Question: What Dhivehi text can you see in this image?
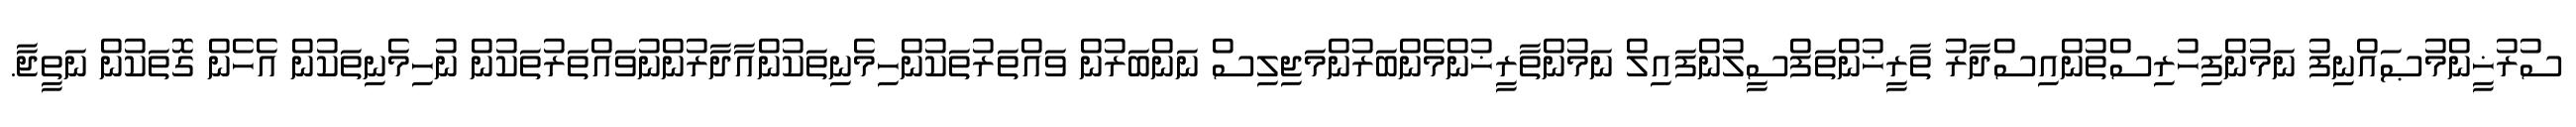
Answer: ސުރުޚީންމުޞައްނިފު ނަމުންފިހުރިސްތުންއިސްދާރު ތާރީޚުންތަފްސީލުންފައިލް ނަމުންތާރީޚުންމެންބަރުންމަޖިލިސް ނަންބަރުން ވައްތަރުތަކުންހިމެނިތަކުންއާދާރުންނުވައްތަރުތަކުން ނުހިމެނިތަކުން އެހެން ގޮތަކުން ނަތީޖާ.